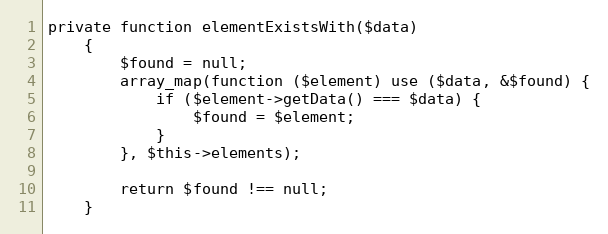
Language: PHP
private function elementExistsWith($data)
    {
        $found = null;
        array_map(function ($element) use ($data, &$found) {
            if ($element->getData() === $data) {
                $found = $element;
            }
        }, $this->elements);

        return $found !== null;
    }